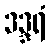
ဒဒ္ဒရံ